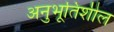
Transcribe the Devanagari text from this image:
अनुभूतिशील